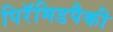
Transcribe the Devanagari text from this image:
पिरॅमिडपैकी